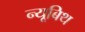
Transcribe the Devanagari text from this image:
न्यूबिथ